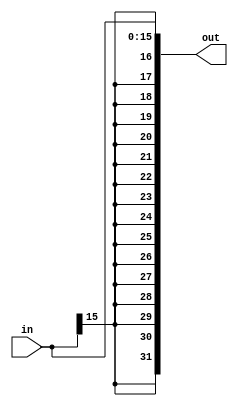
module Sign_Extension
(
input [15:0]in,
output [31:0]out
);
generate
genvar k;
for(k=16;k<32;k=k+1) 
begin
assign out[k]= (in[15]==1'b1);
end
endgenerate
assign out[15:0]=in[15:0];
endmodule